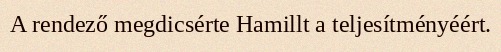
A rendező megdicsérte Hamillt a teljesítményéért.